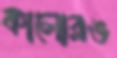
কালোরঙ